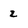
Character: 2